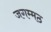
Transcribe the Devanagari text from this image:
जगम्मठ